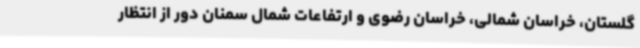
گلستان، خراسان شمالی، خراسان رضوی و ارتفاعات شمال سمنان دور از انتظار